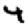
Digit: 4